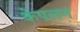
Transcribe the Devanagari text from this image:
केपलन